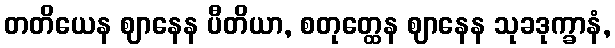
တတိယေန ဈာနေန ပီတိယာ, စတုတ္ထေန ဈာနေန သုခဒုက္ခာနံ,